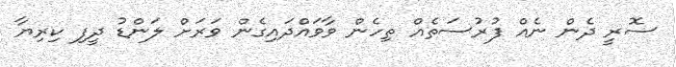
ސޮރީ ދެން ނެއް ފުރުސަތެއް ތިހެން ވާވައްދައިގެން ވަރަށް ލަންޑު ދީފި ކިރިޔާ